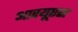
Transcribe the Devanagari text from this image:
आरयूएस